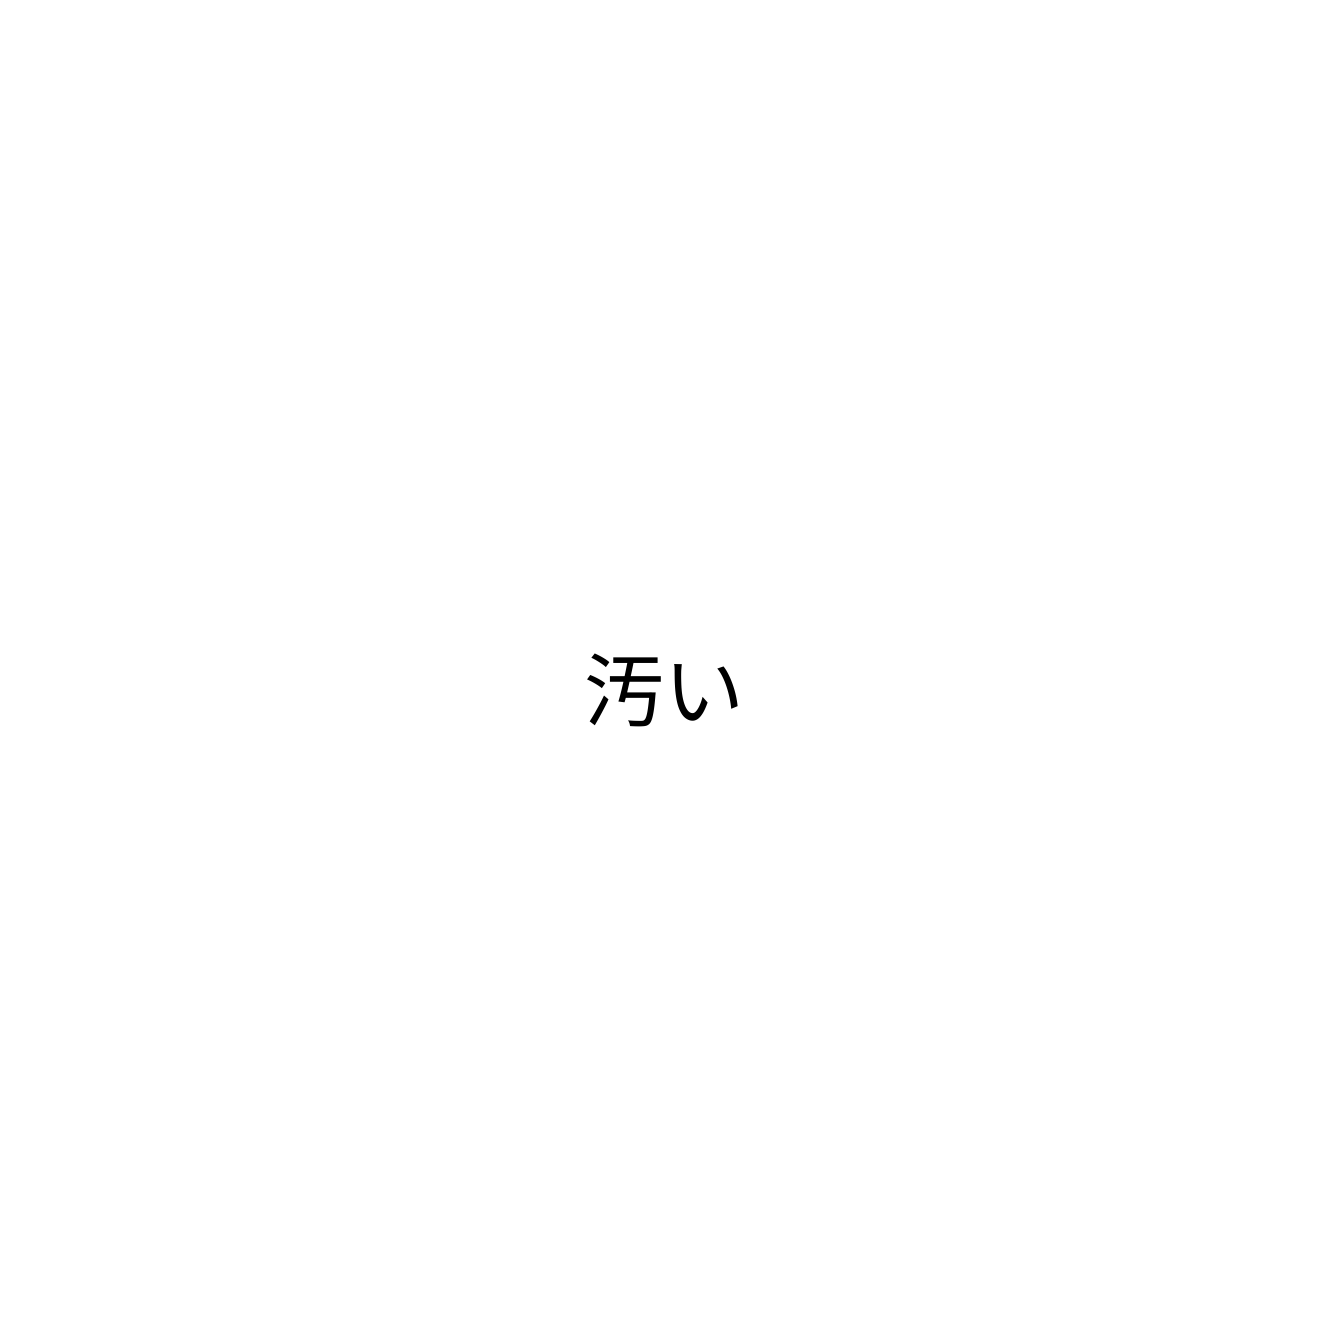
汚い